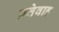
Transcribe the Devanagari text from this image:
प्रतेवाह